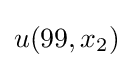
u(99,x_{2})